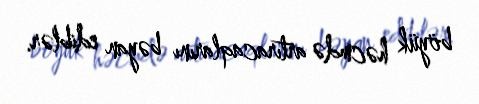
böyük həcmdə artıracaqlarını bəyan ediblər.